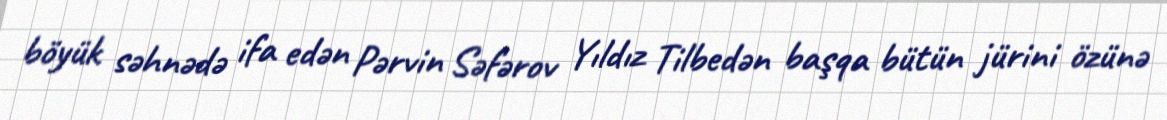
böyük səhnədə ifa edən Pərvin Səfərov Yıldız Tilbedən başqa bütün jürini özünə